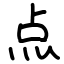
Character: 点